Bombay plague: being a history of the progress of plague in the Bombay presidency from September 1896 to June 1899
Year: 1896
Disease focus: Plague
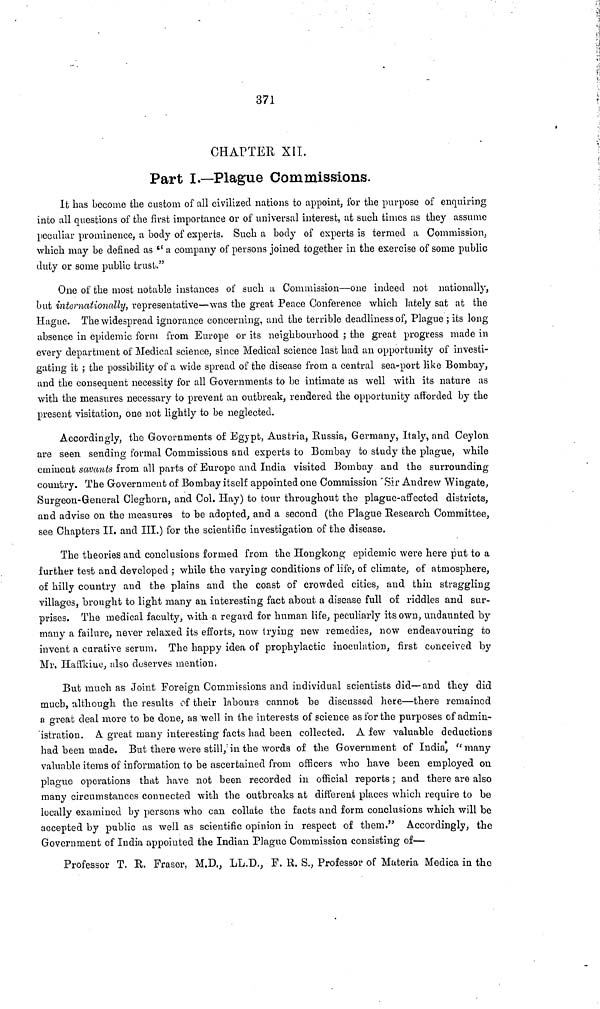
371
CHAPTER XII.
Part I.—Plague Commissions.
It has become the custom of all civilized nations to appoint, for the purpose of enquiring
into all questions of the first importance or of universal interest, at such times as they assume
peculiar prominence, a body of experts. Such a body of experts is termed a Commission,
which may be defined as " a company of persons joined together in the exercise of some public
duty or some public trust."
One of the most notable instances of such a Commission—one indeed not nationally,
but internationally, representative—was the great Peace Conference which lately sat at the
Hague. The widespread ignorance concerning, and the terrible deadliness of, Plague ; its long
absence in epidemic form from Europe or its neighbourhood ; the great progress made in
every department of Medical science, since Medical science last had an opportunity of investi-
gating it ; the possibility of a wide spread of the disease from a central sea-port like Bombay,
and the consequent necessity for all Governments to be intimate as well with its nature as
with the measures necessary to prevent an outbreak, rendered the opportunity afforded by the
present visitation, one not lightly to be neglected.
Accordingly, the Governments of Egypt, Austria, Russia, Germany, Italy, and Ceylon
are seen sending formal Commissions and experts to Bombay to study the plague, while
eminent savants from all parts of Europe and India visited Bombay and the surrounding
country. The Government of Bombay itself appointed one Commission Sir Andrew Wingate,
Surgeon-General Cleghorn, and Col. Hay) to tour throughout the plague-affected districts,
and advise on the measures to be adopted, and a second (the Plague Research Committee,
see Chapters II. and III.) for the scientific investigation of the disease.
The theories and conclusions formed from the Hongkong epidemic were here put to a
further test and developed ; while the varying conditions of life, of climate, of atmosphere,
of hilly country and the plains and the coast of crowded cities, and thin straggling
villages, brought to light many an interesting fact about a disease full of riddles and sur-
prises. The medical faculty, with a regard for human life, peculiarly its own, undaunted by
many a failure, never relaxed its efforts, now trying new remedies, now endeavouring to
invent a curative serum. The happy idea of prophylactic inoculation, first conceived by
Mr, Haffkiue, also deserves mention.
But much as Joint Foreign Commissions and individual scientists did—and they did
much, although the results of their labours cannot be discussed here—there remained
a great deal more to be done, as well in the interests of science as for the purposes of admin-
'istratiou. A great many interesting facts had been collected. A few valuable deductions
had been made. But there were still, in the words of the Government of India, "many
valuable items of information to be ascertained from officers who have been employed on
plague operations that have not been recorded in official reports ; and there are also
many circumstances connected with the outbreaks at different places which require to be
locally examined by persons who can collate the facts and form conclusions which will be
accepted by public as well as scientific opinion in respect of them." Accordingly, the
Government of India appointed the Indian Plague Commission consisting of—
Professor T. R. Fraser, M.D., LL.D., F. R. S., Professor of Materia Medica in the